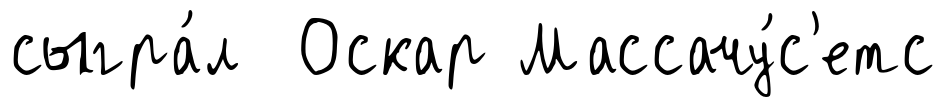
сыгра́л Оскар Массачу́с'етс